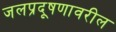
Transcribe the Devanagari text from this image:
जलप्रदूषणावरील